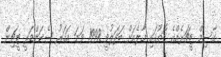
ގާސިމް ޓީޗަރެއްގެ ގޮތުގައި މާލެއަށް ބަދަލުވީ 1998 ވަނަ އަހަރު ސެކަންޑަރީ ޓީޗިން